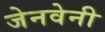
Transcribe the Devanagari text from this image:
जेनवेनी